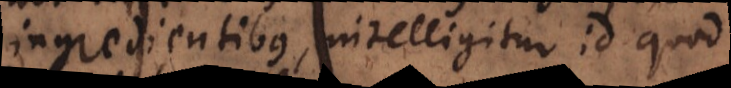
ingredientibus, intelligitur id quod